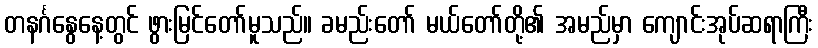
တနင်္ဂနွေနေ့တွင် ဖွားမြင်တော်မူသည်။ ခမည်းတော် မယ်တော်တို့၏ အမည်မှာ ကျောင်းအုပ်ဆရာကြီး